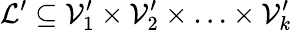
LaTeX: \mathcal{L}^{\prime}\subseteq\mathcal{V}_{1}^{\prime}\times\mathcal{V}_{2}^{\prime}\times\ldots\times\mathcal{V}_{k}^{\prime}